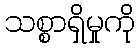
သစ္စာရှိမှုကို